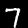
Digit: 7